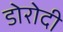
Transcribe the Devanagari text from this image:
डोरोदी